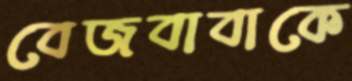
বেজবাবাকে